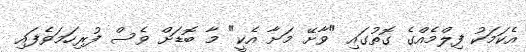
އެކަމަކު ފިލްމެއްގެ ގޮތުގައި "ވާށޭ މަށާ އެކީ" މާ ބޮޑަށް ވެސް ފުރިހަމަވެފައި